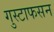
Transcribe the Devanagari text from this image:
गुस्टाफसन